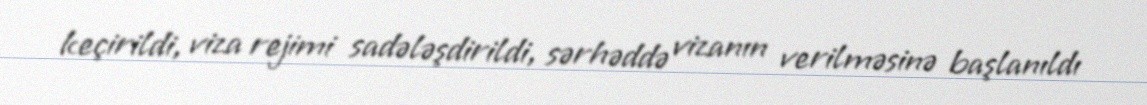
keçirildi, viza rejimi sadələşdirildi, sərhəddə vizanın verilməsinə başlanıldı